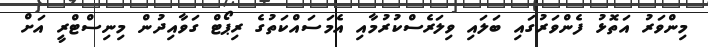
މިންވަރު އަތޮޅު ފެންވަރުގައި ބަލައި ވިލަރެސްކުރުމާއި އެމަސައްކަތުގެ ރިޕޯޓް ގަވާއިދުން މިނިސްޓްރީ އަށް